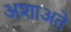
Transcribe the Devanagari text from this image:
अशाअते